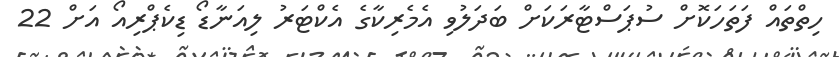
ހިތްތައް ފަތަހަކޮށް ސުޕަސްޓާރަކަށް ބަދަލުވި އެމެރިކާގެ އެކްޓަރު ލިއަނާޑޯ ޑިކެޕްރިއޯ އަށް 22